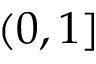
( 0 , 1 ]